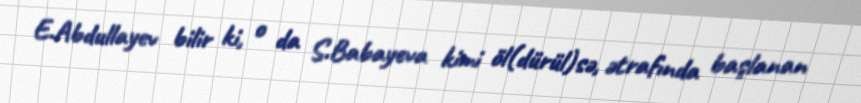
E.Abdullayev bilir ki, o da S.Babayeva kimi öl(dürül)sə, ətrafında başlanan